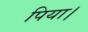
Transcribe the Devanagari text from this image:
पिया।